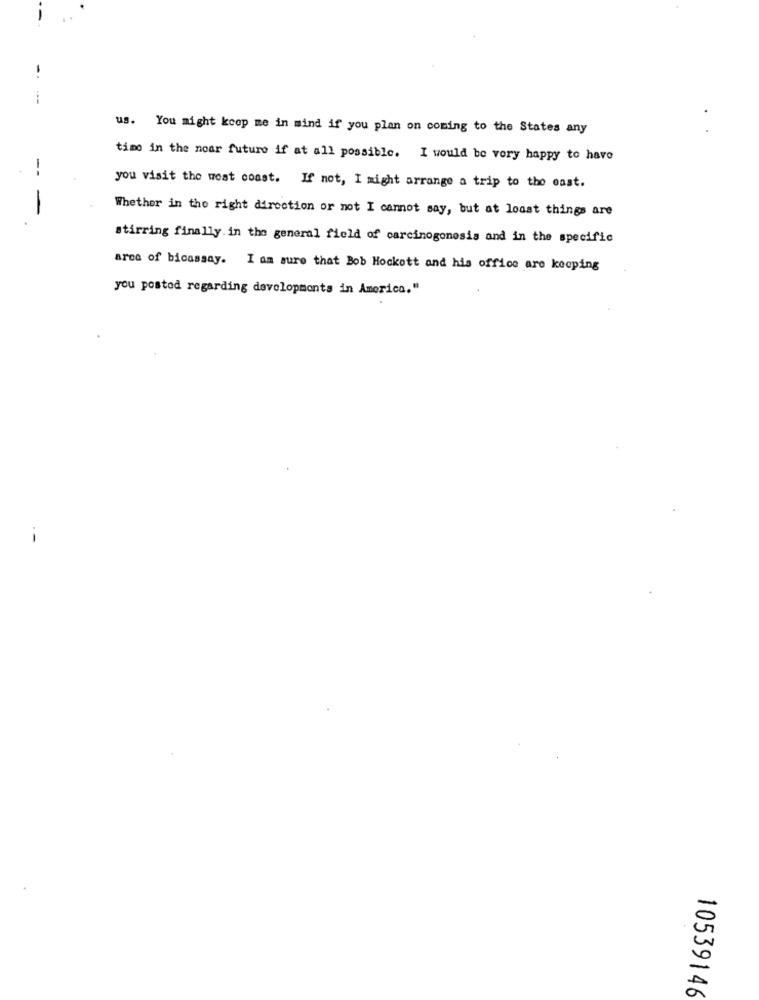
-
---
us. You might koop me in mind if you plan on coming to the States any
timo in the noar futuro if at all possible. I would be very happy to have
--
you visit the west coast. If not, I might arrange a trip to the east.
-
Whether in the right direction or not I cannot say, but at least things are
stirring finally.in the general field of carcinogenesis and in the specific
area of bioassay. I am sure that Bob Hockott and his office are keeping
you posted regarding developments in America."
-
10539146